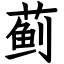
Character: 蓟